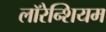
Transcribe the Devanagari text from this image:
लॉरेन्शियम